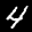
Label: 4